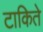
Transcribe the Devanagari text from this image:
टाकिते